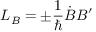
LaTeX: { \cal L } _ { B } = \pm \frac 1 { \hbar } \dot { B } B ^ { \prime }